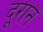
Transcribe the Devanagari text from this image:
दूरान